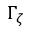
\Gamma _ { \zeta }